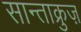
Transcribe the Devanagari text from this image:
सान्ताक्रुज़